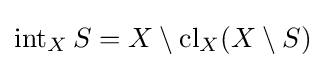
\operatorname {int} _{X}S=X\setminus \operatorname {cl} _{X}(X\setminus S)